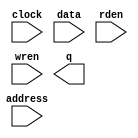
// megafunction wizard: %RAM: 1-PORT%VBB%
// GENERATION: STANDARD
// VERSION: WM1.0
// MODULE: altsyncram 

// ============================================================
// Megafunction Name(s):
// 			altsyncram
//
// Simulation Library Files(s):
// 			altera_mf
// ============================================================
// ************************************************************
// THIS IS A WIZARD-GENERATED FILE. DO NOT EDIT THIS FILE!
//
// 10.1 Build 197 01/19/2011 SP 1 SJ Full Version
// ************************************************************

//Copyright (C) 1991-2011 Altera Corporation
//Your use of Altera Corporation's design tools, logic functions 
//and other software and tools, and its AMPP partner logic 
//functions, and any output files from any of the foregoing 
//(including device programming or simulation files), and any 
//associated documentation or information are expressly subject 
//to the terms and conditions of the Altera Program License 
//Subscription Agreement, Altera MegaCore Function License 
//Agreement, or other applicable license agreement, including, 
//without limitation, that your use is for the sole purpose of 
//programming logic devices manufactured by Altera and sold by 
//Altera or its authorized distributors.  Please refer to the 
//applicable agreement for further details.

module RAMB16_S9_altera (
	address,
	clock,
	data,
	rden,
	wren,
	q);

	input	[10:0]  address;
	input	  clock;
	input	[7:0]  data;
	input	  rden;
	input	  wren;
	output	[7:0]  q;
`ifndef ALTERA_RESERVED_QIS
// synopsys translate_off
`endif
	tri1	  clock;
	tri1	  rden;
`ifndef ALTERA_RESERVED_QIS
// synopsys translate_on
`endif

endmodule

// ============================================================
// CNX file retrieval info
// ============================================================
// Retrieval info: PRIVATE: ADDRESSSTALL_A NUMERIC "0"
// Retrieval info: PRIVATE: AclrAddr NUMERIC "0"
// Retrieval info: PRIVATE: AclrByte NUMERIC "0"
// Retrieval info: PRIVATE: AclrData NUMERIC "0"
// Retrieval info: PRIVATE: AclrOutput NUMERIC "0"
// Retrieval info: PRIVATE: BYTE_ENABLE NUMERIC "0"
// Retrieval info: PRIVATE: BYTE_SIZE NUMERIC "8"
// Retrieval info: PRIVATE: BlankMemory NUMERIC "0"
// Retrieval info: PRIVATE: CLOCK_ENABLE_INPUT_A NUMERIC "0"
// Retrieval info: PRIVATE: CLOCK_ENABLE_OUTPUT_A NUMERIC "0"
// Retrieval info: PRIVATE: Clken NUMERIC "0"
// Retrieval info: PRIVATE: DataBusSeparated NUMERIC "1"
// Retrieval info: PRIVATE: IMPLEMENT_IN_LES NUMERIC "0"
// Retrieval info: PRIVATE: INIT_FILE_LAYOUT STRING "PORT_A"
// Retrieval info: PRIVATE: INIT_TO_SIM_X NUMERIC "0"
// Retrieval info: PRIVATE: INTENDED_DEVICE_FAMILY STRING "Stratix IV"
// Retrieval info: PRIVATE: JTAG_ENABLED NUMERIC "0"
// Retrieval info: PRIVATE: JTAG_ID STRING "NONE"
// Retrieval info: PRIVATE: MAXIMUM_DEPTH NUMERIC "0"
// Retrieval info: PRIVATE: MIFfilename STRING "./sources_ngnp_multicore/src/bb_ram00.mif"
// Retrieval info: PRIVATE: NUMWORDS_A NUMERIC "2048"
// Retrieval info: PRIVATE: RAM_BLOCK_TYPE NUMERIC "0"
// Retrieval info: PRIVATE: READ_DURING_WRITE_MODE_PORT_A NUMERIC "2"
// Retrieval info: PRIVATE: RegAddr NUMERIC "1"
// Retrieval info: PRIVATE: RegData NUMERIC "1"
// Retrieval info: PRIVATE: RegOutput NUMERIC "0"
// Retrieval info: PRIVATE: SYNTH_WRAPPER_GEN_POSTFIX STRING "0"
// Retrieval info: PRIVATE: SingleClock NUMERIC "1"
// Retrieval info: PRIVATE: UseDQRAM NUMERIC "1"
// Retrieval info: PRIVATE: WRCONTROL_ACLR_A NUMERIC "0"
// Retrieval info: PRIVATE: WidthAddr NUMERIC "11"
// Retrieval info: PRIVATE: WidthData NUMERIC "8"
// Retrieval info: PRIVATE: rden NUMERIC "1"
// Retrieval info: LIBRARY: altera_mf altera_mf.altera_mf_components.all
// Retrieval info: CONSTANT: CLOCK_ENABLE_INPUT_A STRING "BYPASS"
// Retrieval info: CONSTANT: CLOCK_ENABLE_OUTPUT_A STRING "BYPASS"
// Retrieval info: CONSTANT: INIT_FILE STRING "./sources_ngnp_multicore/src/bb_ram00.mif"
// Retrieval info: CONSTANT: INTENDED_DEVICE_FAMILY STRING "Stratix IV"
// Retrieval info: CONSTANT: LPM_HINT STRING "ENABLE_RUNTIME_MOD=NO"
// Retrieval info: CONSTANT: LPM_TYPE STRING "altsyncram"
// Retrieval info: CONSTANT: NUMWORDS_A NUMERIC "2048"
// Retrieval info: CONSTANT: OPERATION_MODE STRING "SINGLE_PORT"
// Retrieval info: CONSTANT: OUTDATA_ACLR_A STRING "NONE"
// Retrieval info: CONSTANT: OUTDATA_REG_A STRING "UNREGISTERED"
// Retrieval info: CONSTANT: POWER_UP_UNINITIALIZED STRING "FALSE"
// Retrieval info: CONSTANT: READ_DURING_WRITE_MODE_PORT_A STRING "DONT_CARE"
// Retrieval info: CONSTANT: WIDTHAD_A NUMERIC "11"
// Retrieval info: CONSTANT: WIDTH_A NUMERIC "8"
// Retrieval info: CONSTANT: WIDTH_BYTEENA_A NUMERIC "1"
// Retrieval info: USED_PORT: address 0 0 11 0 INPUT NODEFVAL "address[10..0]"
// Retrieval info: USED_PORT: clock 0 0 0 0 INPUT VCC "clock"
// Retrieval info: USED_PORT: data 0 0 8 0 INPUT NODEFVAL "data[7..0]"
// Retrieval info: USED_PORT: q 0 0 8 0 OUTPUT NODEFVAL "q[7..0]"
// Retrieval info: USED_PORT: rden 0 0 0 0 INPUT VCC "rden"
// Retrieval info: USED_PORT: wren 0 0 0 0 INPUT NODEFVAL "wren"
// Retrieval info: CONNECT: @address_a 0 0 11 0 address 0 0 11 0
// Retrieval info: CONNECT: @clock0 0 0 0 0 clock 0 0 0 0
// Retrieval info: CONNECT: @data_a 0 0 8 0 data 0 0 8 0
// Retrieval info: CONNECT: @rden_a 0 0 0 0 rden 0 0 0 0
// Retrieval info: CONNECT: @wren_a 0 0 0 0 wren 0 0 0 0
// Retrieval info: CONNECT: q 0 0 8 0 @q_a 0 0 8 0
// Retrieval info: GEN_FILE: TYPE_NORMAL RAMB16_S9_altera.v TRUE
// Retrieval info: GEN_FILE: TYPE_NORMAL RAMB16_S9_altera.inc TRUE
// Retrieval info: GEN_FILE: TYPE_NORMAL RAMB16_S9_altera.cmp TRUE
// Retrieval info: GEN_FILE: TYPE_NORMAL RAMB16_S9_altera.bsf TRUE
// Retrieval info: GEN_FILE: TYPE_NORMAL RAMB16_S9_altera_inst.v TRUE
// Retrieval info: GEN_FILE: TYPE_NORMAL RAMB16_S9_altera_bb.v TRUE
// Retrieval info: GEN_FILE: TYPE_NORMAL RAMB16_S9_altera_waveforms.html TRUE
// Retrieval info: GEN_FILE: TYPE_NORMAL RAMB16_S9_altera_wave*.jpg FALSE
// Retrieval info: LIB_FILE: altera_mf